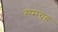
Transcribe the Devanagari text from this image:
समग्रह